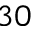
3 0